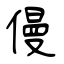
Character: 僈